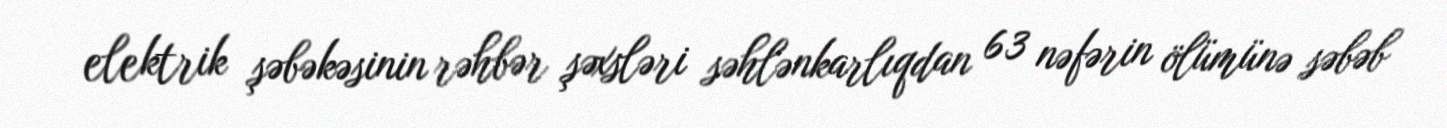
elektrik şəbəkəsinin rəhbər şəxsləri səhlənkarlıqdan 63 nəfərin ölümünə səbəb